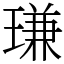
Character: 㻩